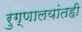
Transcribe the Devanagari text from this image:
रुग्णालयांतही